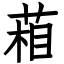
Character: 葙